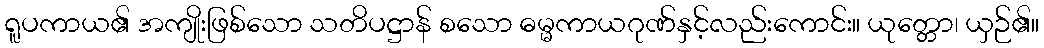
ရူပကာယ၏ အကျိုးဖြစ်သော သတိပဋ္ဌာန် စသော ဓမ္မကာယဂုဏ်နှင့်လည်းကောင်း။ ယုတ္တော၊ ယှဉ်၏။